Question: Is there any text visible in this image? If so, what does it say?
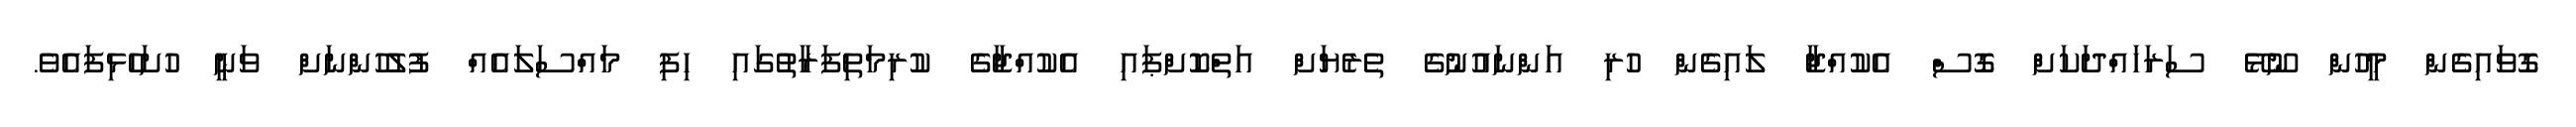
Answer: ގޮވައިގެން މީހުން ނޫޅޭ ސަރަހައްދަކަށް ގޮސް އެކުއްޖާ ލައިގެން ހުރި އަންނައުނުގެ ތެރެޔަށް އަތްކޮށްޕައި އެކުއްޖާގެ ކުރިމަތިފަރާތުގައި ހިފި މައްސަލައެއް ފުލުހުންނަށް ވަނީ ހުށަހެޅިފައެވެ.